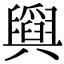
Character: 𦦪